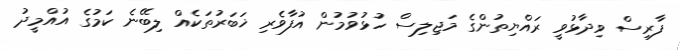
ފާރިސް ވިދާޅުވީ ރައްޔިތުންގެ މަޖިލިސް ހުޅުވުމުން އުފާވެރި ޚަބަރުތަކެއް ލިބޭނެ ކަމުގެ އުއްމީދު